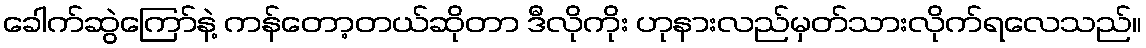
ခေါက်ဆွဲကြော်နဲ့ ကန်တော့တယ်ဆိုတာ ဒီလိုကိုး ဟုနားလည်မှတ်သားလိုက်ရလေသည်။